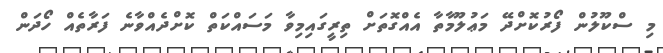
މި ސްކޫލުން ފޯރުކޮށްދޭ މަޢުލޫމާތާ އެއްގޮތަށް ތިރީގައިމިވާ މަސައްކަތް ކޮށްދެއްވާނެ ފަރާތެއް ހޯދަން